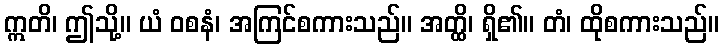
ဣတိ၊ ဤသို့။ ယံ ဝစနံ၊ အကြင်စကားသည်။ အတ္ထိ၊ ရှိ၏။ တံ၊ ထိုစကားသည်။